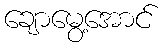
ချောမွေ့အောင်